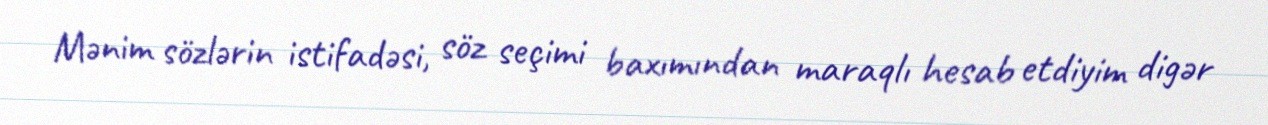
Mənim sözlərin istifadəsi, söz seçimi baxımından maraqlı hesab etdiyim digər